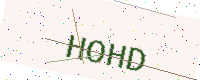
Text: HOHD